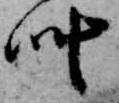
叶